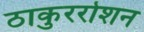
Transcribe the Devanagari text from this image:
ठाकुररोशन